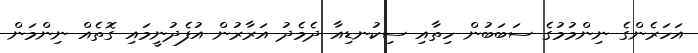
އަހަރެންގެ ނިންމުމުގެ ސަބަބުން ހިތާއި ސިކުނޑިއާ ދެމެދު އަރާރުން އުފެދުނީމައި ގޮތެއް ނިންމަން